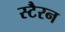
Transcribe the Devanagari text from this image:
स्टैरन